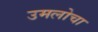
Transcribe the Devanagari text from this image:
उमलोचा